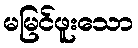
မမြင်ဖူးသော